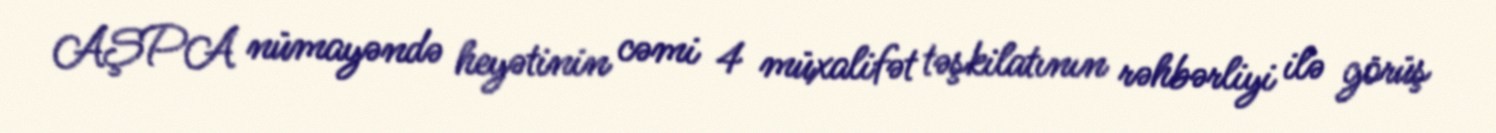
AŞPA nümayəndə heyətinin cəmi 4 müxalifət təşkilatının rəhbərliyi ilə görüş